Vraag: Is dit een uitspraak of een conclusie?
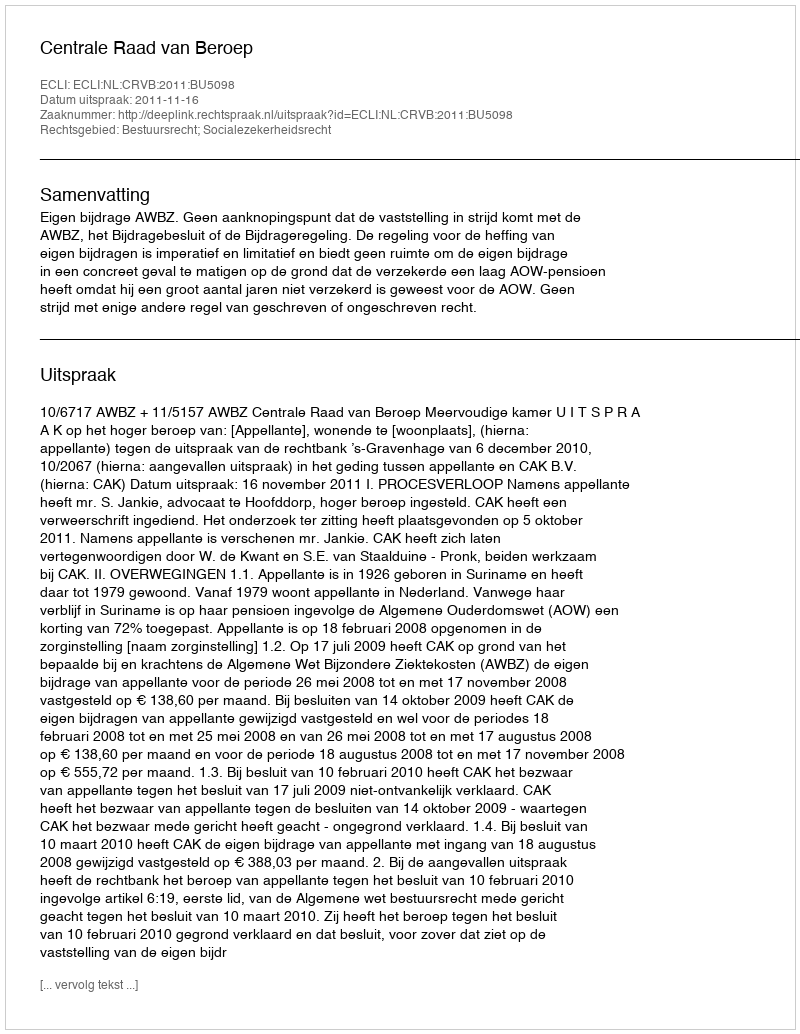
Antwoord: Uitspraak